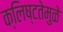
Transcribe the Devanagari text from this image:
क्लिष्टतेमुळे